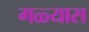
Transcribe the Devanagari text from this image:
गळ्यास